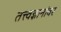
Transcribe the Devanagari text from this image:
तत्त्वज्ञानांवर